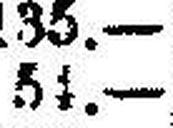
54.—